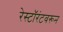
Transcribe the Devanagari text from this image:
रेस्टॉरंटवरून